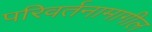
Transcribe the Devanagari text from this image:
परिवर्तनामागील